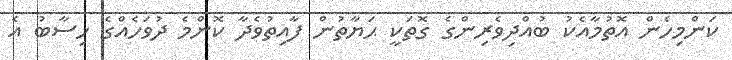
ކަންމިހެން އޮތުމާއެކު ބުއްދިވެރިންގެ ގޮތަކީ ޙަޔާތުން ފާއިތުވެދާ ކޮންމެ ދުވަހެއްގެ ހިސާބު އެ